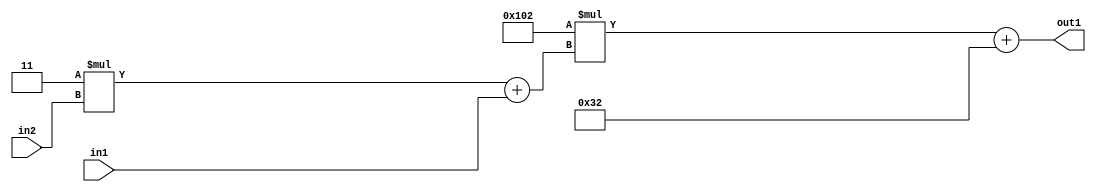
`timescale 1ps / 1ps
/*****************************************************************************
    Verilog RTL Description
    
    
    Created by: Stratus DpOpt 2019.1.01 
*******************************************************************************/

module DC_Filter_Add2i50Mul2i258Add2u1Mul2i3u2_1 (
	in2,
	in1,
	out1
	); /* architecture "behavioural" */ 
input [1:0] in2;
input  in1;
output [11:0] out1;
wire [11:0] asc001;
wire [3:0] asc002;

wire [3:0] asc002_tmp_0;
assign asc002_tmp_0 = 
	+(4'B0011 * in2);
assign asc002 = asc002_tmp_0
	+(in1);

wire [11:0] asc001_tmp_1;
assign asc001_tmp_1 = 
	+(12'B000100000010 * asc002);
assign asc001 = asc001_tmp_1
	+(12'B000000110010);

assign out1 = asc001;
endmodule

/* CADENCE  v7b0Sgo= : u9/ySgnWtBlWxVPRXgAZ4Og= ** DO NOT EDIT THIS LINE ******/